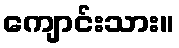
ကျောင်းသား။